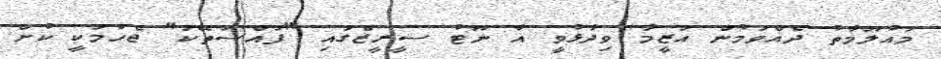
މައުލޫމާތު ދެއްވަމުން އަޒީމާ ވިދާޅުވީ އާ ނޫޓު ސީރީޒްގައި "ފައްސަތޭކަ" ޖެހުމަކީ ކުށް